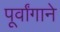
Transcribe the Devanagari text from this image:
पूर्वांगाने